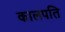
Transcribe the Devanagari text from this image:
कालपति